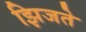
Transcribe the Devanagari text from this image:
झिजते